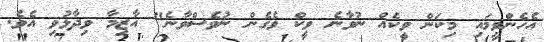
އެހެންވީމައި މިކަން ވީކެއް ނުވާނެ ވީކް ވެގެން ނުވެސްވާނެ" އާޒިމާ ވިދާޅުވި އެވެ.